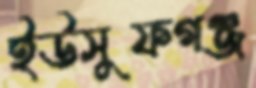
ইউসুফগঞ্জ